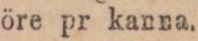
öre pr kanna.